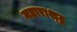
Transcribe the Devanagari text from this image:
महाराश्ट्र